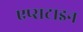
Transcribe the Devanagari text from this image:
एप्सटाइन